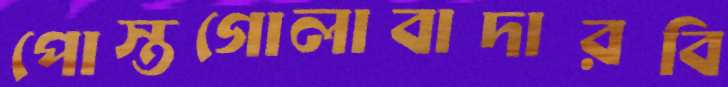
পোস্তগোলাবাদারবি